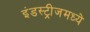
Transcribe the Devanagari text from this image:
इंडस्ट्रीजमध्ये